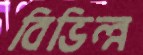
বিভিন্ন্ন